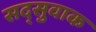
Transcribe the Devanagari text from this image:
सद्सुवाक